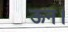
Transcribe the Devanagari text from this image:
ऊन।